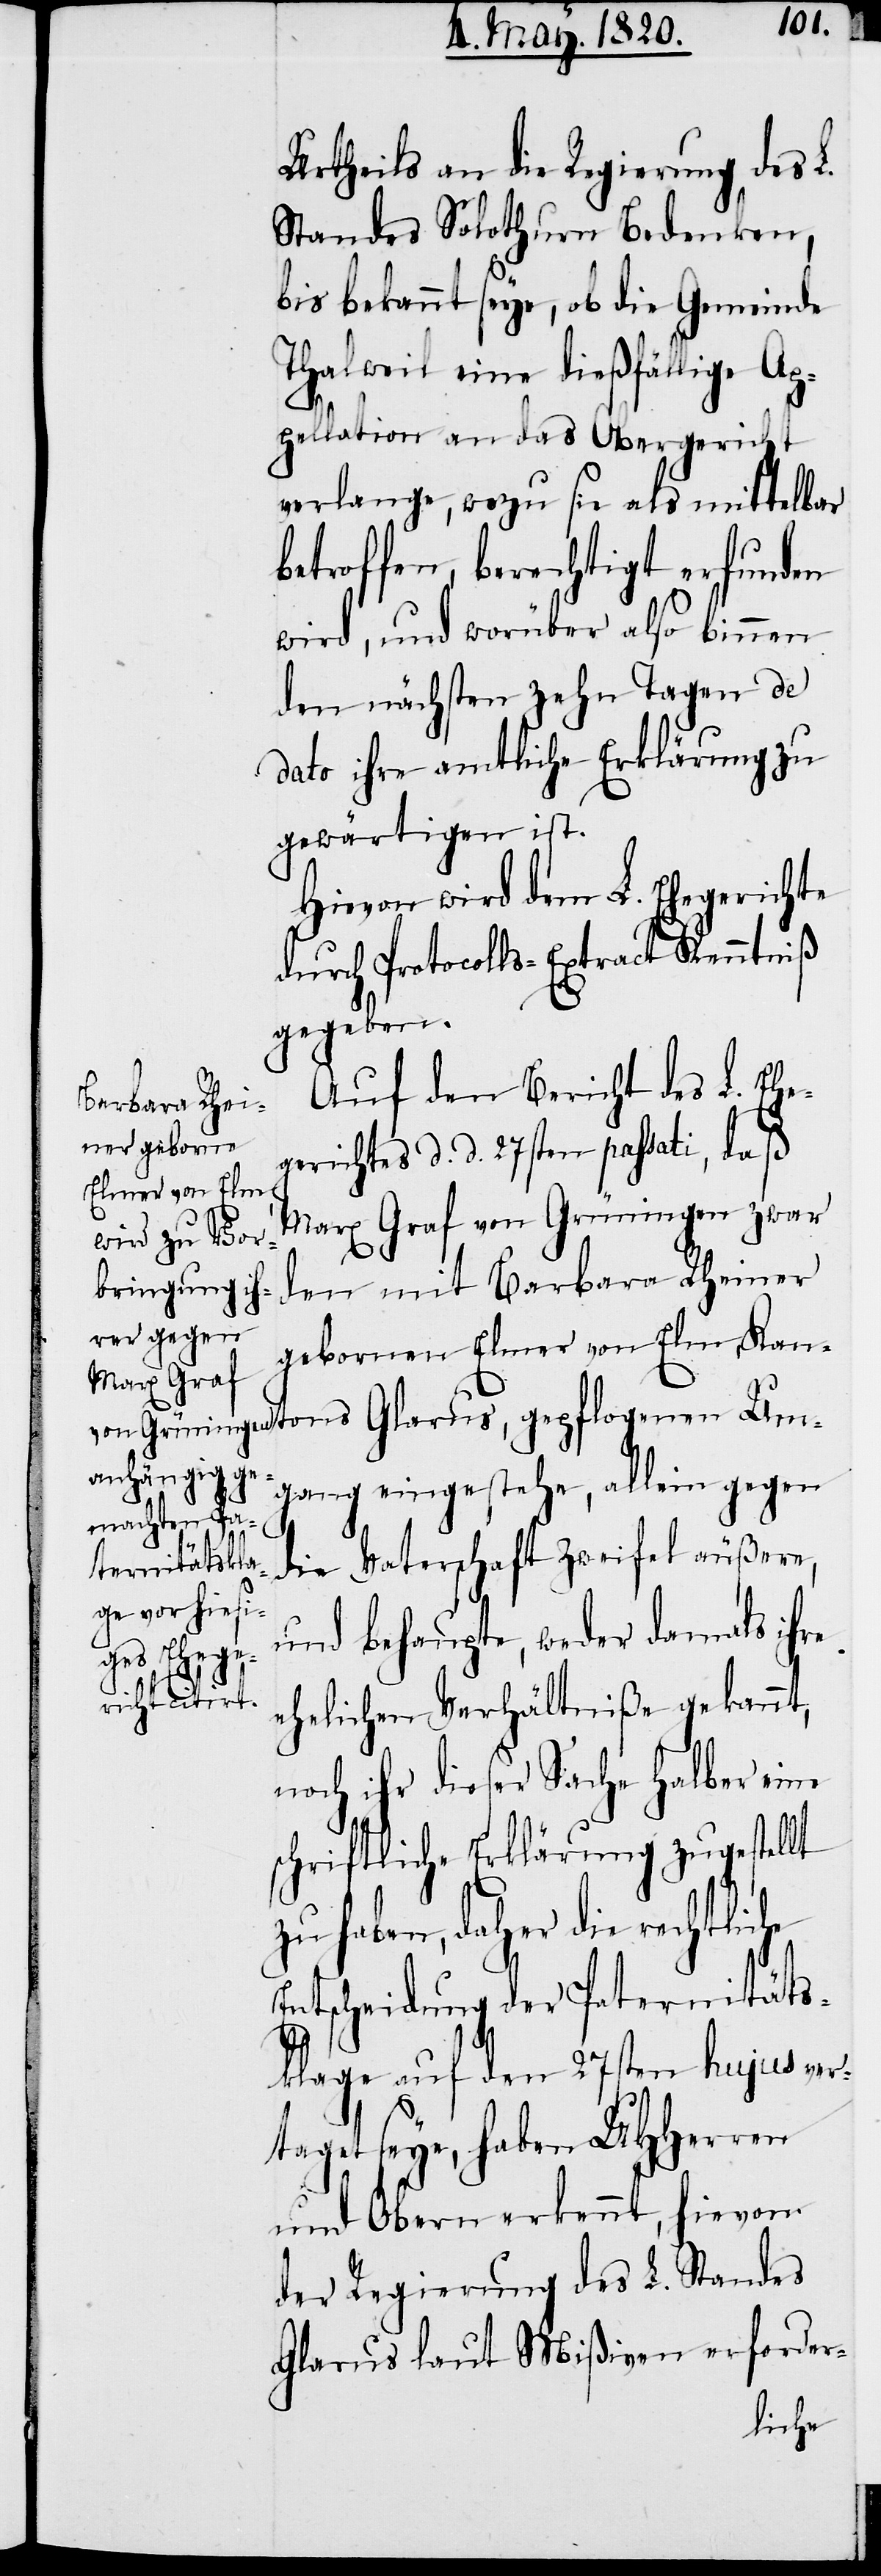
Urtheils an die Regierung des L.
Standes Solothurn Bedenken,
bis bekannt seye, ob die Gemeinde
Thalweil eine dießfällige Ap¬
pellation an das Obergericht
verlange, wozu sie als mittelbar
betroffen, berechtigt erfunden
wird, und worüber also binnen
den nächsten zehn Tagen de
dato ihre amtliche Erklärung zu
gewärtigen ist.
Hiervon wird dem L. Ehegerichte
durch Protocolls-Extract Kenntniβ
gegeben.
Auf den Bericht des L. Ehe¬
gerichtes d. d. 27sten passati, daß
Marx Graf von Grüningen zwar
den mit Barbara Rheiner
gebornen Elmer von Elm, Kan¬
gang eingestehe, allein gegen
die Vaterschaft Zweifel äußere,
und behaupte, weder damals ihre
ehelichen Verhältniße gekannt,
noch ihr dieser Sache halber eine
schriftliche Erklärung zugestellt
zu haben, daher die rechtlic¬
Entscheidung der Paternitäts¬
klage auf den 27sten hujus ver¬
taget seye, haben UHHerren
und Obern erkennt, hievon
der Regierung des L. Standes
Glarus laut Mißiven erforder-

he